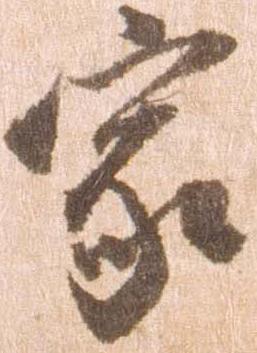
家